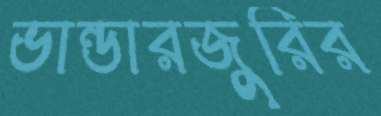
ভান্ডারজুরির